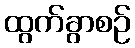
ထွက်ခွာစဉ်